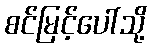
စင်မြင့်ပေါ်သို့